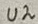
Text: U2